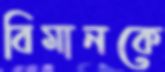
বিমানকে